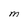
Character: M